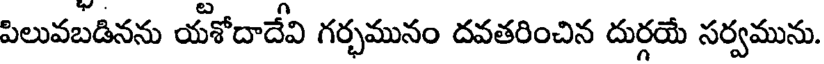
పిలువబడినను యశోదాదేవి గర్భమునం దవతరించిన దుర్గయే సర్వమును.